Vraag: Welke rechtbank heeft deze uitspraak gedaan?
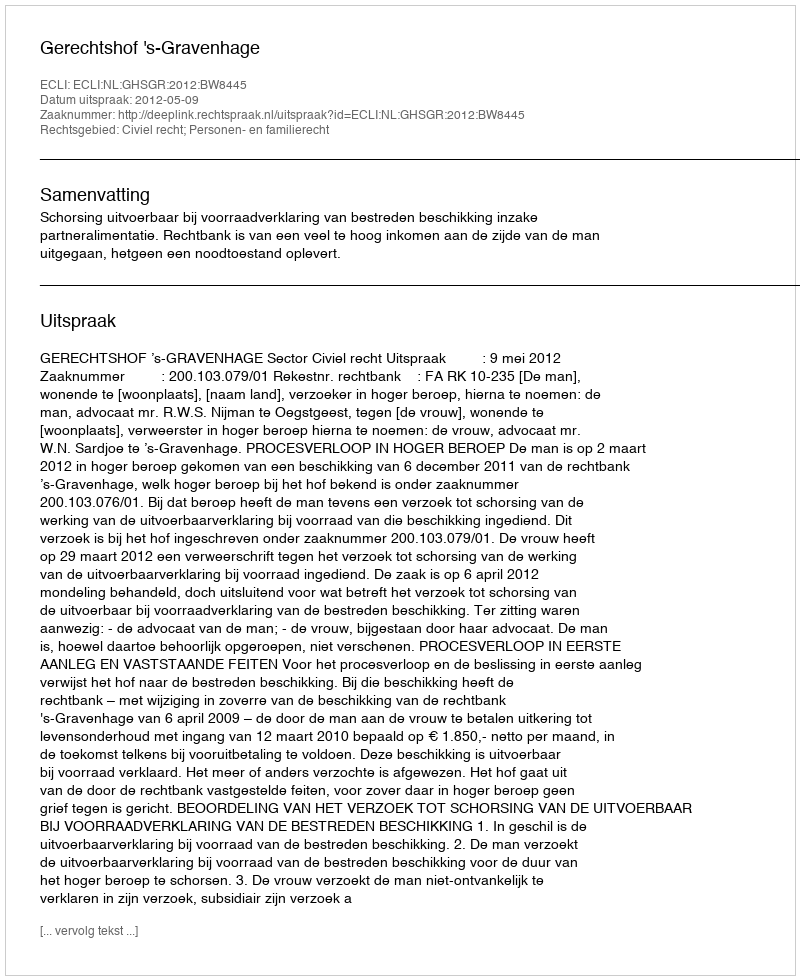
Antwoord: Gerechtshof 's-Gravenhage